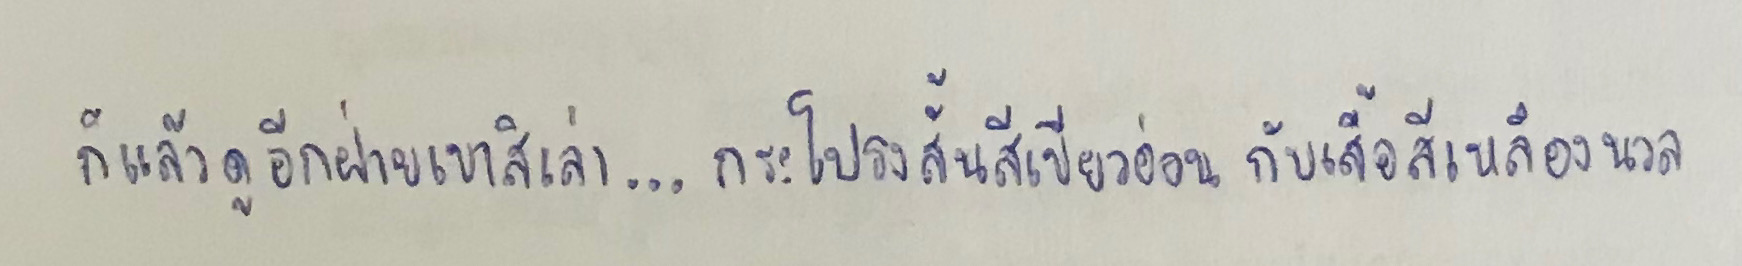
ก็แล้วดูอีกฝ่ายเขาสิเล่า...กระโปรงสั้นสีเขียวอ่อนกับเสื้อสีเหลืองนวล